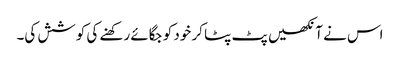
اس نے آنکھیں پٹ پٹا کر خود کو جگائے رکھنے کی کوشش کی۔